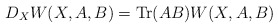
\begin{align*}D_{X}W(X,A,B)=\mbox{Tr}(AB)W(X,A,B)\end{align*}